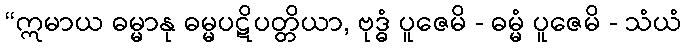
“ဣမာယ ဓမ္မာနု ဓမ္မပဋိပတ္တိယာ, ဗုဒ္ဓံ ပူဇေမိ - ဓမ္မံ ပူဇေမိ - သံယံ